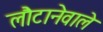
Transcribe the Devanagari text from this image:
लौटानेवाले